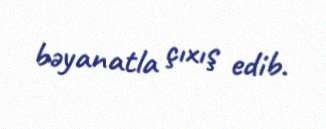
bəyanatla çıxış edib.